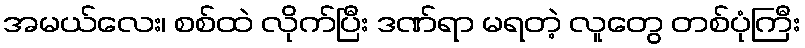
အမယ်လေး၊ စစ်ထဲ လိုက်ပြီး ဒဏ်ရာ မရတဲ့ လူတွေ တစ်ပုံကြီး